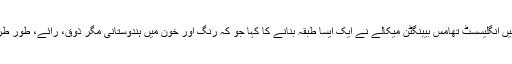
اپنی “ہندوستانی تعلیم پر تفصیل” میں انگلیسسٹ تھامس بیبنگٹن میکالے نے ایک ایسا طبقہ بنانے کا کہا جو کہ رنگ اور خون میں ہندوستانی مگر ذوق، رائے، طور طریقے اور ذہنی طور پر انگریز ہو۔